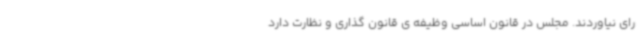
رای نیاوردند. مجلس در قانون اساسی وظیفه ی قانون گذاری و نظارت دارد